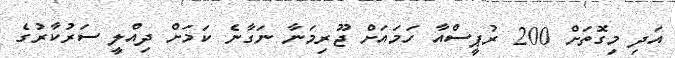
އަދި މިގޮތަށް 200 ރުޕީސްއާ ހަމައަށް ޖޫރިމަނާ ނަގާނެ ކަމަށް ދިއްލީ ސަރުކާރުގެ